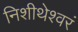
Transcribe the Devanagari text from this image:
निशीथेश्वरं